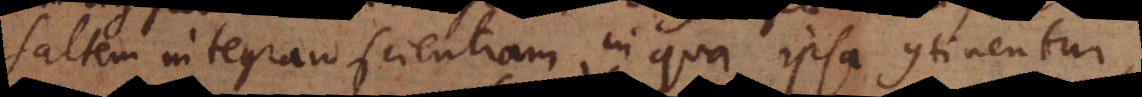
saltem integram scientiam in qua ipsa continentur,